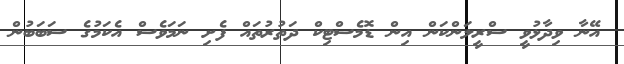
އޭނާ ވިދާޅުވީ ސްރީލަންކަން އިން ޑޮމެސްޓިކް ދަތުރުތައް ފެށި ނަމަވެސް އެކަމުގެ ސަބަބުން